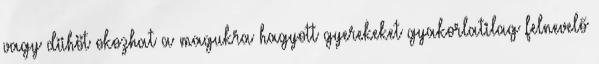
vagy dühöt okozhat a magukra hagyott gyerekeket gyakorlatilag felnevelő